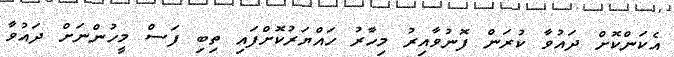
އެކަންކޮށް ދައުވާ ކުރަން ފޮނުވާއިރު މިހާރު ހައްޔަރުކޮށްފައި ތިބި ފަސް މީހުންނަށް ދައުވާ